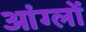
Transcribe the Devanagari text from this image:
आंग्लों